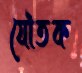
যৌতক